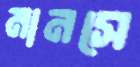
মানসে